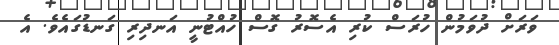
ވަރަށް ދުވަމުން ހުރަސް ކުރި އެސޮރު ގޮސް ހުއްޓުނީ އަނދިރި ގަނޑުގައެވެ. އެ